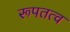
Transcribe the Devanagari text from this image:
रूपतत्व